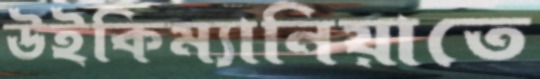
উইকিম্যানিয়াতে